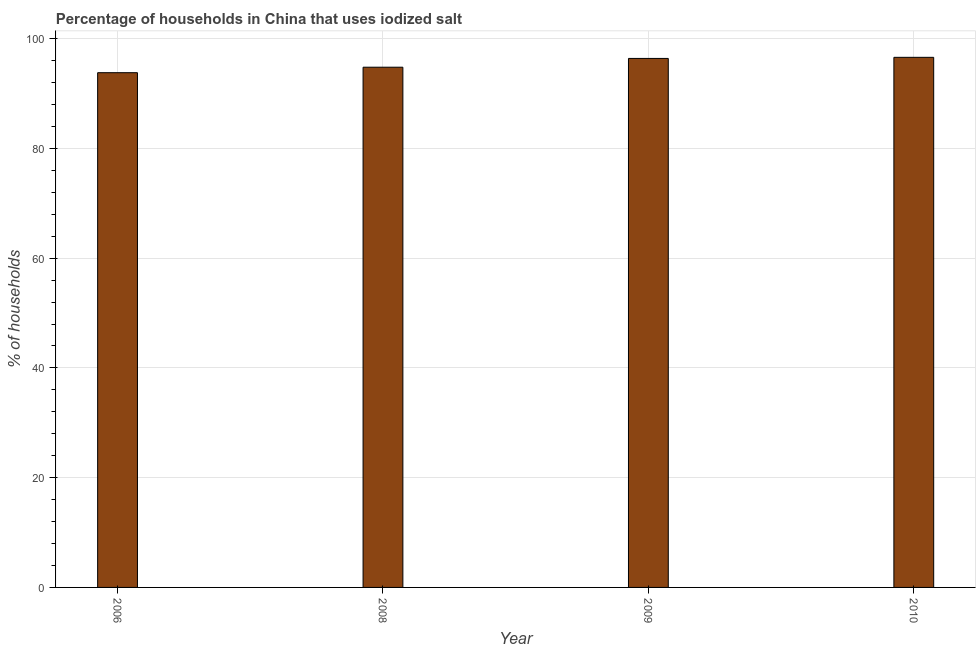
| Year | Consumption of iodized salt |
 | --- | --- |
 | 2006 | 93.8 |
 | 2008 | 94.8 |
 | 2009 | 96.4 |
 | 2010 | 96.6 |